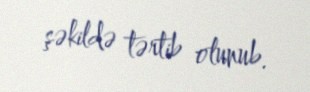
şəkildə tərtib olunub.